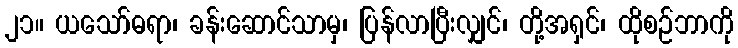
၂၁။ ယသော်ဓရာ၊ ခန်းဆောင်သာမှ၊ ပြန်လာပြီးလျှင်၊ တို့အရှင်၊ ထိုစဉ်ဘာကို